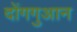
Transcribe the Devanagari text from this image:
दोंगगुआन